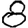
Digit: 8